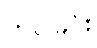
တင်ခြင်း